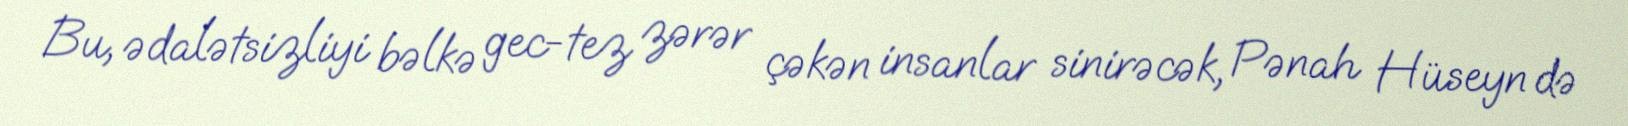
Bu, ədalətsizliyi bəlkə gec-tez zərər çəkən insanlar sinirəcək, Pənah Hüseyn də